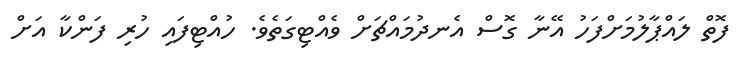
ފޮތް ލައްޕާލުމަށްފަހު އޭނާ ގޮސް އެނދުމައްޗަށް ވެއްޓިގަތެވެ. ހުއްޓިފައި ހުރި ފަންކާ އަށް